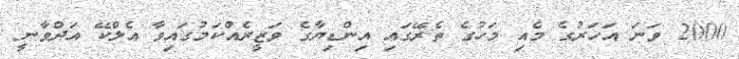
2000 ވަނަ އަހަރުގެ މެއި މަހުގެ ތެރޭގައި އިންޑިޔާގެ ވަޒީރެއްކަމުގައިވާ އެލްކޭ އަދްވާނީ